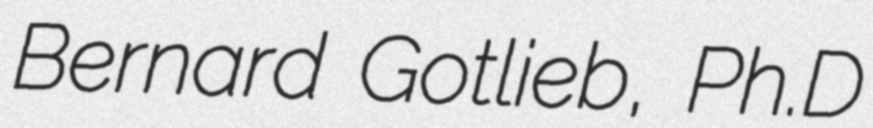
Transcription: Bernard Gotlieb, Ph.D